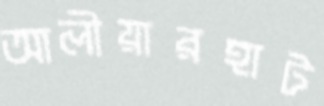
আলীয়ারহাট